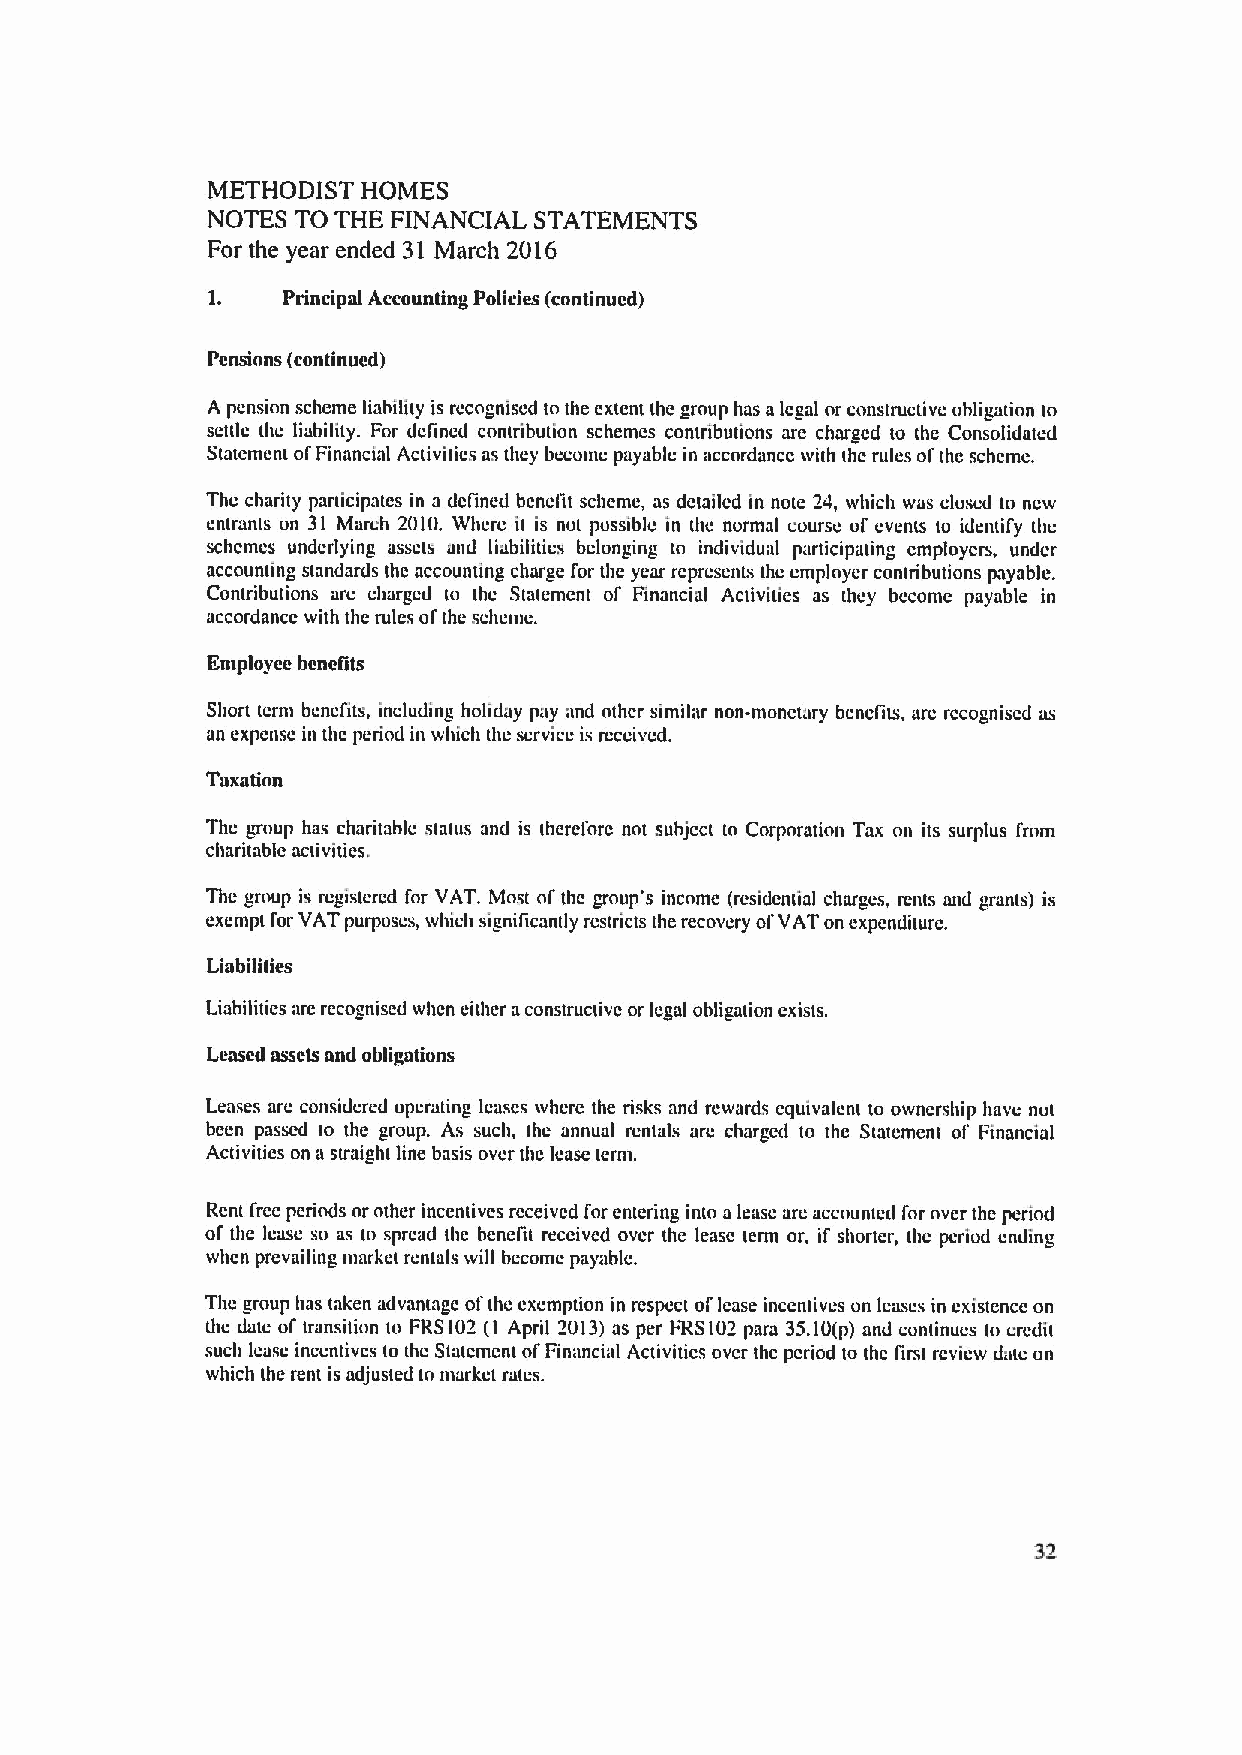
METHODIST HOMES
 NOTES TO THE FINANCIAL STATEMENTS
 For the year ended 31 March 2016
 1.   Principal Accounting Policies (continued)
 Pensions (continued)
 A pension scheme liability is recognised to the extent the group has alegal or constructive obligation to
 settle thc liability. For delined contribution schemes contributions are charged to the Consolidated
 Statement ofFinancial Activities as they become payable in accordance with thc rules ofthc scheme.
 The charity participates in a dc(tned hcnclit scheme, as detailed in note 24, which was closed to new
 entrants on 31 March 2010. Where it is not pussiblc in the normal course ol' events to identify the
 schcmcs underlying assets and liabilities belonging to individual participating cmploycrs, under
 accounting standards the accounting charge for the year represents the employer contributions payable.
 Contributions are charged to the Statement of Financial Activities as they become payable in
 accordance with the rules ofthe scheme.
 Entptoyee benellts
 Short term bcncfits, including holiday pay and other similar non-monetary bcnclits, arc rccogniscd as
 an expense in the period in which the service is received.
 Taxation
 Thc group has charitable status and is therefnrc not subject to Corporatinn Tax on its surplus from
 chantable acuvtues,
 Thc group is registered for VAT. Most ol' the group's income (residential charges, rents and grants) is
 exempt for VAT purposes, which signiltcantly rcsu'icts the recovery ofVAT on expenditure.
 Liabilities
 Liabilities are recognised when either aconstructive or legal obligation exists.
 Leased assets and obligations
 Leases are considered operating leases where the risks and rewards equivalent to ownership have not
 been passed to the group. As such, the annual rentals are charged to the Statement of Financial
 Activities on astraight line basis over thc lease term.
 Rent free periods or other incentives received for entering in(o alease are accounted for over the period
 of the Icasc so as to spread the benelit received over the lease term or, if shorter, thc period ending
 when prevailing market rentals will become payable.
 The group has taken advantage ofthe exemption in respect oi' lease incentives on leases in existence on
 the date of transition to FRS102 (1 April 2013)as per FRS102 para 35.10(p) and continues tu credit
 such lcasc inccntivcs to thc Statcmcnt ofFinancial Activities over thc period to thc first rcvicw date on
 which the rent is adjusted to market rates.
 32